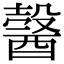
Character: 𨢋